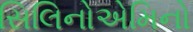
સિલિનોએમિનો